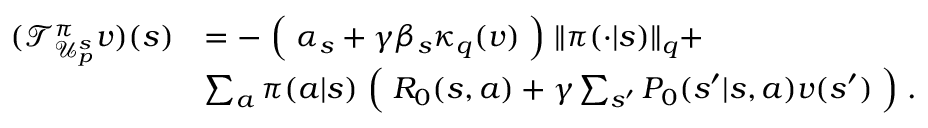
\begin{array} { r l } { ( \mathcal { T } _ { \mathcal { U } _ { p } ^ { s } } ^ { \pi } v ) ( s ) } & { = - \Bigm ( \alpha _ { s } + \gamma \beta _ { s } \kappa _ { q } ( v ) \Bigm ) \lVert \pi ( \cdot | s ) \rVert _ { q } + } \\ & { \sum _ { a } \pi ( a | s ) \Bigm ( R _ { 0 } ( s , a ) + \gamma \sum _ { s ^ { \prime } } P _ { 0 } ( s ^ { \prime } | s , a ) v ( s ^ { \prime } ) \Bigm ) . } \end{array}